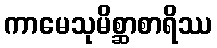
ကာမေသုမိစ္ဆာစာရိဿ